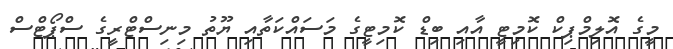
މީގެ އޮލިމްޕިކް ކޮމިޓީ އާއި ބިޑް ކޮމިޓީގެ މަަސައްކަތާއި ޔޫތު މިނިސްޓްރީގެ ސްޕޯޓްސް